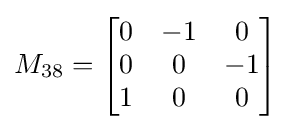
M_{38}={\begin{bmatrix}0&-1&0\\0&0&-1\\1&0&0\end{bmatrix}}